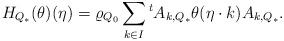
LaTeX: \begin{align*}{H_{Q_*}}(\theta)(\eta)=\varrho_{Q_0}\sum_{k\in I}{}^tA_{k,Q_*} \theta(\eta\cdot k)A_{k,Q_*}.\end{align*}